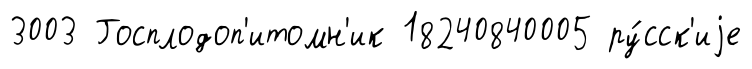
3003 Госплодоп'итомн'ик 18240840005 ру́сск'иjе